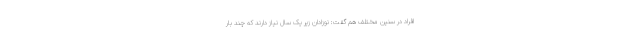
افراد در سنین مختلف هم گفت: نوزادان زیر یک سال نیاز دارند که چند بار